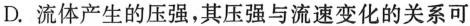
D.流体产生的压强，其压强与流速变化的关系可